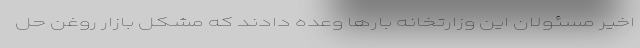
اخیر مسئولان این وزارتخانه بارها وعده دادند که مشکل بازار روغن حل